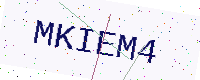
Text: MKIEM4